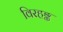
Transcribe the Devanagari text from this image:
विरहङ्क